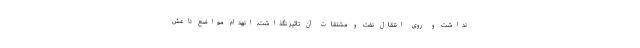
نداشت و روی انتقال نفت و مشتقات آن تاثیر نگذاشت. انهدام مواضع داعش